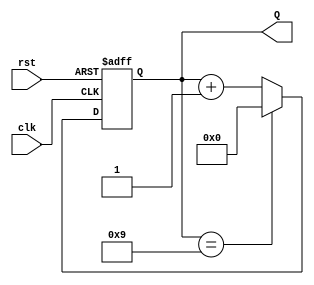
module decade_counter (
    input wire clk,        // Clock input
    input wire rst,        // Asynchronous reset input
    output reg [3:0] Q     // 4-bit output for the count value
);

// Always block triggered on the rising edge of the clock
always @(posedge clk or posedge rst) begin
    if (rst) begin
        // If reset is high, set count to 0
        Q <= 4'b0000;
    end else begin
        // Increment the count
        if (Q == 4'b1001) begin
            // If count is 9 (1001), reset to 0
            Q <= 4'b0000;
        end else begin
            // Otherwise, increment the count
            Q <= Q + 1;
        end
    end
end

endmodule